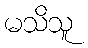
မသိသူ